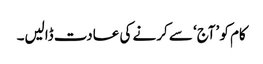
کام کو ’آج‘ سے کرنے کی عادت ڈالیں۔